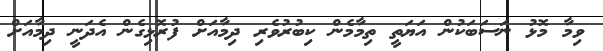
ވިމާ މޮޅު ނަސަބަކުން އަޔަތީ ތިމާމެން ކިބުރުވެރި ދިމާއަށް ފުރޮޅިގެން އެދަނީ ދިމާއަށް